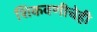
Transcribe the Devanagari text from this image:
शिकवणीचेही